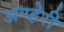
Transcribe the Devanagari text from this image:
अण्हेरी